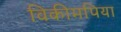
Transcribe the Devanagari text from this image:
विकीमपिया